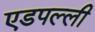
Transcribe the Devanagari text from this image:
एडपल्ली